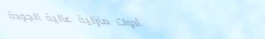
أدوات منزلية عالية الجودة